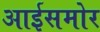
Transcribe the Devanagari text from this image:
आईसमोर